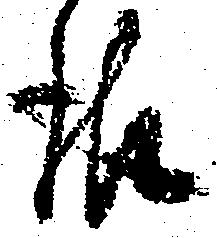
報